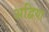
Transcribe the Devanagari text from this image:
अद्विया